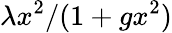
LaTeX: \lambda x^{2}/(1+gx^{2})